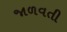
જાળવતી